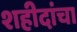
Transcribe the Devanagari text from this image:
शहीदांचा